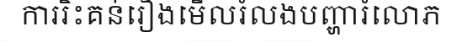
ការរិះគន់រឿងមើលរំលងបញ្ហារំលោភ